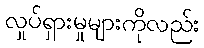
လှုပ်ရှားမှုများကိုလည်း